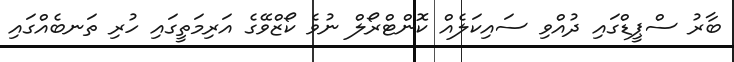
ބާރު ސްޕީޑްގައި ދުއްވި ސައިކަލެއް ކޮންޓްރޯލް ނުވެ ކޯޒްވޭގެ އަރިމަތީގައި ހުރި ތަނބެއްގައި